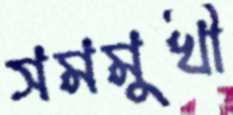
সমমুখী